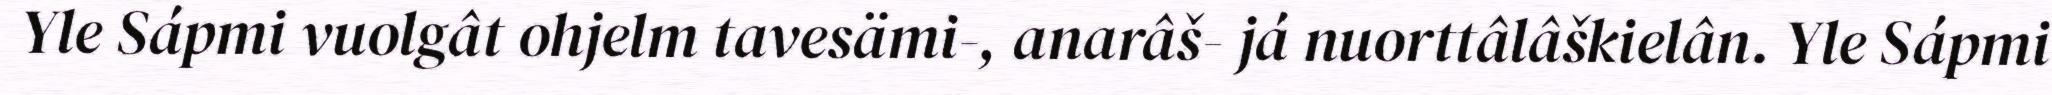
Yle Sápmi vuolgât ohjelm tavesämi-, anarâš- já nuorttâlâškielân. Yle Sápmi